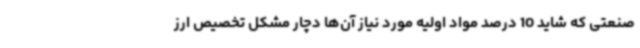
صنعتی که شاید 10 درصد مواد اولیه مورد نیاز آن‌ها دچار مشکل تخصیص ارز